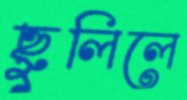
ছুলিলে